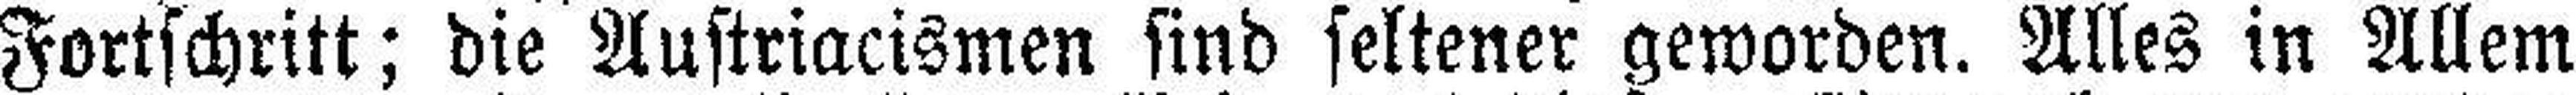
Fortschritt; die Austriacismen sind seltener geworden. Alles in Allem